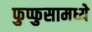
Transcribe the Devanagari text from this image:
फुप्फुसामध्ये